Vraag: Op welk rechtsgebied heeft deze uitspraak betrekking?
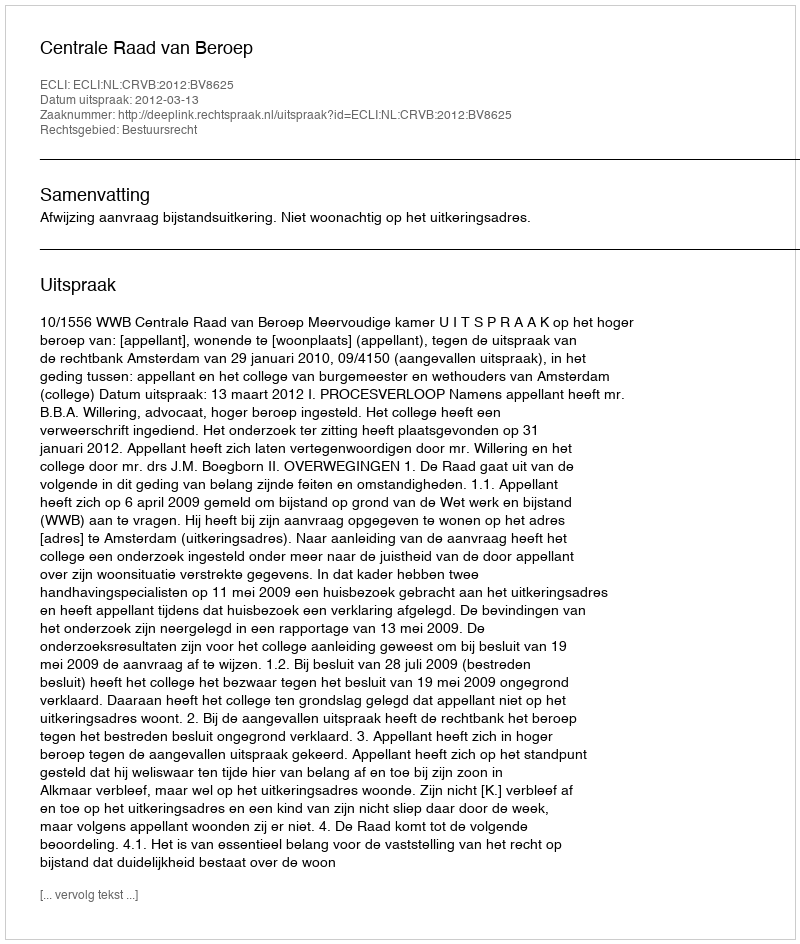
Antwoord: Bestuursrecht